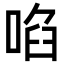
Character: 啗